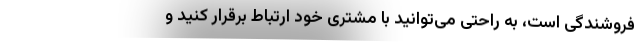
فروشندگی است، به راحتی می‌توانید با مشتری خود ارتباط برقرار کنید و